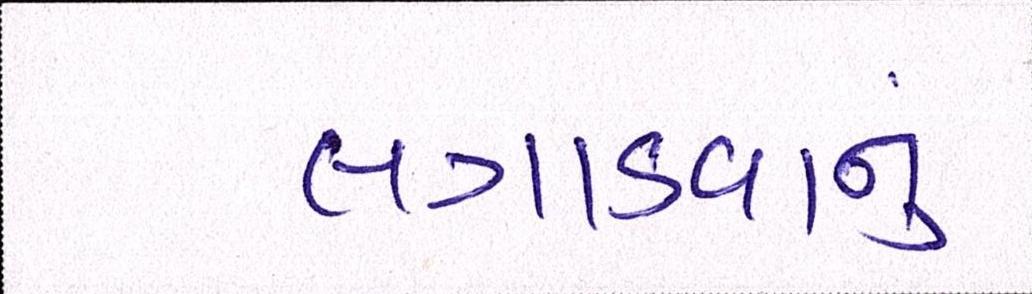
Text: લગાડવાનું